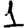
Digit: 1